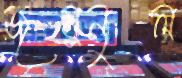
জয়নুল